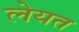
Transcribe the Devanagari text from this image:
लेयत